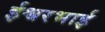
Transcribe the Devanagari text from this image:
ईश्वरभाई